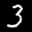
Label: 3